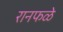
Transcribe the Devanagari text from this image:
रानफळे